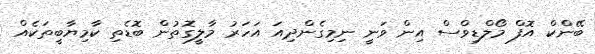
ބޭންކް އޮފް މޯލްޑިވްސް އިން ވަނީ ނިމިގެންދިއަ އަހަރު މާލީގޮތުން ބޮޑެތި ކާމިޔާބީތަކެއް